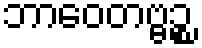
ဘာဝေတဗ္ဗဉ္စ